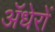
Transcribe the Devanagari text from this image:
ॲधेरों